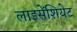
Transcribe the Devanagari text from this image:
लाइसेंशियेट